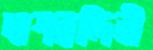
দাশনন্দিনী